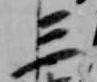
三